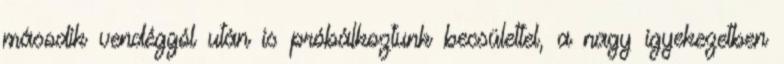
második vendéggól után is próbálkoztunk becsülettel, a nagy igyekezetben